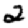
Digit: 2